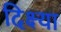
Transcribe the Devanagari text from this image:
दिक्ष्या